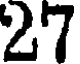
27